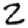
Digit: 2